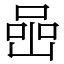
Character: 喦